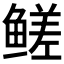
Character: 𬶣